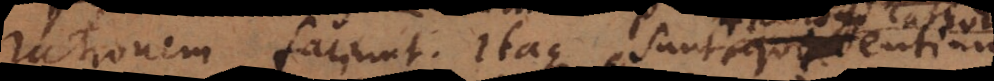
rationem faciunt. Itaque sunt theologi